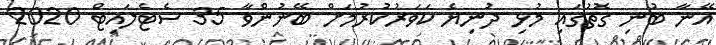
އޭނާ ބުނި ގޮތުގައި މުޅި ދުނިޔެ ކަވަރުކުރުމަށް ބޭނުންވާ 35 ސެޓެލައިޓް 2020